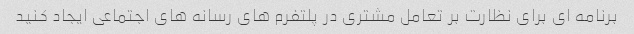
برنامه ای برای نظارت بر تعامل مشتری در پلتفرم های رسانه های اجتماعی ایجاد کنید